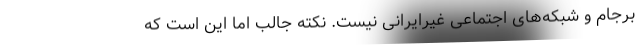
برجام و شبکه‌های اجتماعی غیرایرانی نیست. نکته جالب اما این است که